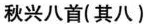
秋兴八首(其八)